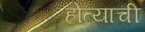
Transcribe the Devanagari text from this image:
होत्याची